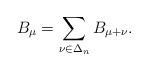
LaTeX: \begin{align*}B_\mu = \sum_{\nu \in \Delta_n} B_{\mu+\nu}.\end{align*}